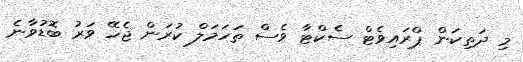
މި ދަތިކަން ޕްރައިވެޓް ސެކްޓާ ވެސް ތަހަމަލް ކުރަން ޖެހޭ ވަރު ބޮޑުވާނެ